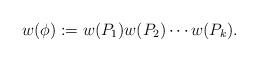
LaTeX: \begin{align*} w(\phi):=w(P_1)w(P_2)\cdots w(P_k). \end{align*}